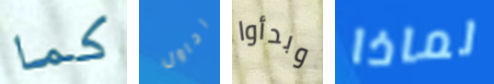
كما احاول وبدأوا لماذا